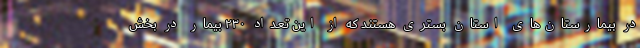
در بیمارستان‌های استان بستری هستند که از این تعداد ۲۳۰ بیمار در بخش